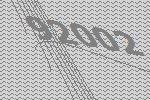
92002